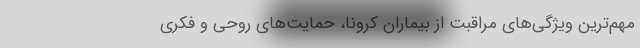
مهم‌ترین ویژگی‌های مراقبت از بیماران کرونا، حمایت‌های روحی و فکری